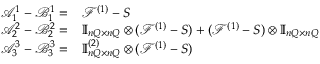
\begin{array} { r l } { \mathcal A _ { 1 } ^ { 1 } - \mathcal B _ { 1 } ^ { 1 } = } & { { } \mathcal F ^ { ( 1 ) } - S } \\ { \mathcal A _ { 2 } ^ { 2 } - \mathcal B _ { 2 } ^ { 2 } = } & { { } \ensuremath { \mathbb { I } _ { n Q \times n Q } } \otimes ( \mathcal F ^ { ( 1 ) } - S ) + ( \mathcal F ^ { ( 1 ) } - S ) \otimes \ensuremath { \mathbb { I } _ { n Q \times n Q } } } \\ { \mathcal A _ { 3 } ^ { 3 } - \mathcal B _ { 3 } ^ { 3 } = } & { { } \ensuremath { \mathbb { I } _ { n Q \times n Q } } ^ { ( 2 ) } \otimes ( \mathcal F ^ { ( 1 ) } - S ) } \end{array}